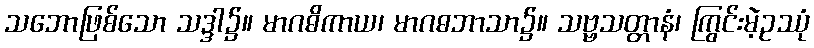
သဘောဖြစ်သော သဒ္ဒါ၌။ မာဂဓိကာယ၊ မာဂဓဘာသာ၌။ သဗ္ဗသတ္တာနံ၊ ကြွင်းမဲ့ဥဿုံ